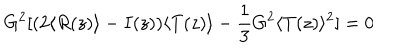
LaTeX: G ^ { 2 } [ ( 2 \langle R ( z ) \rangle - I ( z ) ) \langle T ( z ) \rangle - \frac { 1 } { 3 } G ^ { 2 } \langle T ( z ) \rangle ^ { 2 } ] = 0